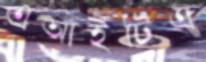
এআইটিএ